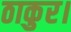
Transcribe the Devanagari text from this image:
ठाकुर।